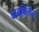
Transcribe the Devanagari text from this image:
वाढविलेत